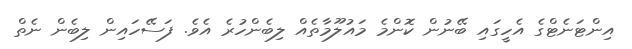
އިންޓަނެޓްގެ އެހީގައި ބޭނުން ކޮންމެ މަައުލޫމާތެއް ލިބެންހުރެ އެވެ. ފަސޭހައިން ލިބެން ނެތް